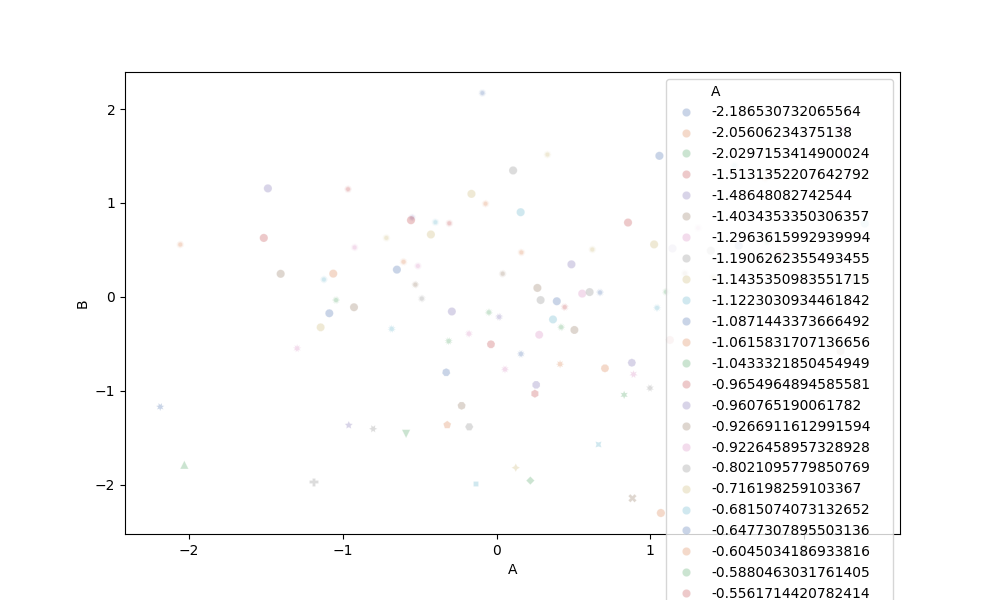
python, seaborn, scatterplot, hue='A', style='B', size='None', palette='deep', alpha=0.3